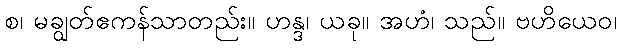
စ၊ မချွတ်ဧကန်သာတည်း။ ဟန္ဒ၊ ယခု။ အဟံ၊ သည်။ ဗဟိယေဝ၊